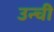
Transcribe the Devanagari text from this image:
उन्ची